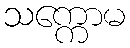
သက္ကောမ